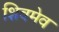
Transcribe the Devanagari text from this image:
शिवमेव